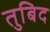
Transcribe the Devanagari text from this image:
तुबिद